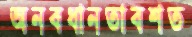
অনবধানতাবশত